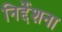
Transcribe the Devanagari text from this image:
निर्द्देशना